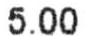
5.00